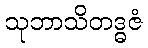
သုဘာသိတဒ္ဓဇံ